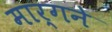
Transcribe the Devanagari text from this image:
मार्गने